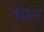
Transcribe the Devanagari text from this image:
वेफ़र